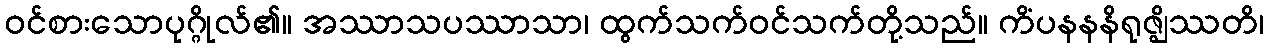
ဝင်စားသောပုဂ္ဂိုလ်၏။ အဿာသပဿာသာ၊ ထွက်သက်ဝင်သက်တို့သည်။ ကိံပနနနိရုဇ္ဈိဿတိ၊